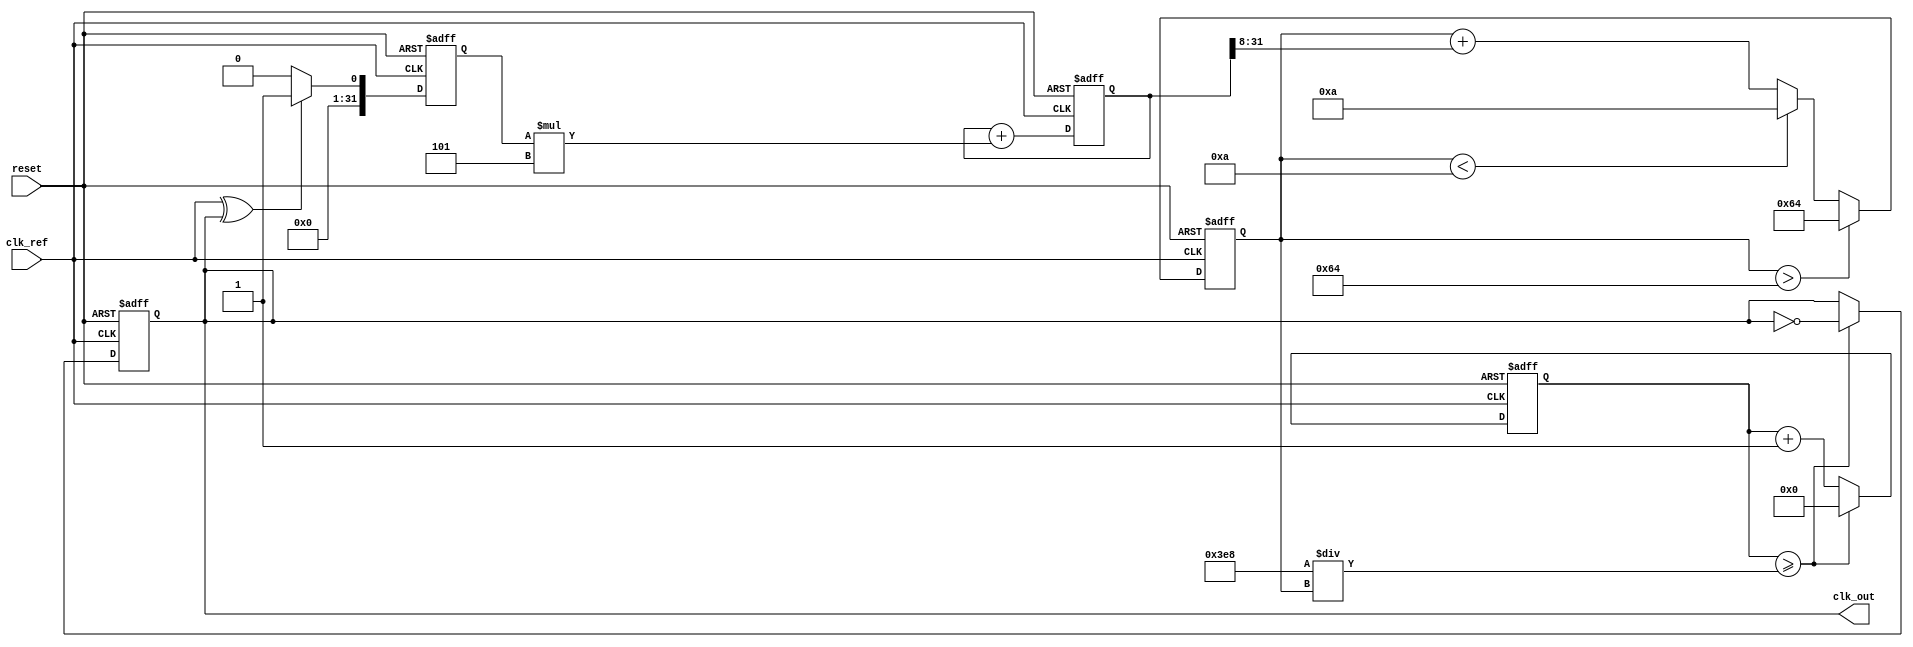
module pll_type2 (
    input wire clk_ref,          // Reference clock input
    input wire reset,            // Asynchronous reset
    output reg clk_out           // Output clock
);

    // Parameters for the PLL
    parameter integer VCO_MAX_FREQ = 100; // Max frequency for VCO
    parameter integer VCO_MIN_FREQ = 10;   // Min frequency for VCO
    parameter integer LOOP_FILTER_GAIN = 5; // Gain for the loop filter

    // Internal signals
    reg [31:0] phase_error;      // Phase error signal
    reg [31:0] filtered_error;   // Filtered error signal
    reg [31:0] vco_freq;         // Current frequency of the VCO
    reg [31:0] vco_counter;      // Counter for VCO output
    reg [31:0] feedback_counter;  // Feedback counter

    // Phase Detector (PD)
    always @(posedge clk_ref or posedge reset) begin
        if (reset) begin
            phase_error <= 0;
        end else begin
            // Simple phase detector logic (XOR for simplicity)
            phase_error <= (clk_ref ^ clk_out) ? 1 : 0;
        end
    end

    // Loop Filter (Second-order)
    always @(posedge clk_ref or posedge reset) begin
        if (reset) begin
            filtered_error <= 0;
        end else begin
            // Simple first-order filter for demonstration
            filtered_error <= filtered_error + (phase_error * LOOP_FILTER_GAIN);
        end
    end

    // Voltage-Controlled Oscillator (VCO)
    always @(posedge clk_ref or posedge reset) begin
        if (reset) begin
            vco_freq <= VCO_MIN_FREQ; // Start at minimum frequency
            vco_counter <= 0;
            clk_out <= 0;
        end else begin
            // Adjust VCO frequency based on filtered error
            vco_freq <= vco_freq + (filtered_error >> 8); // Adjust frequency

            // Clamp VCO frequency to max/min limits
            if (vco_freq > VCO_MAX_FREQ) begin
                vco_freq <= VCO_MAX_FREQ;
            end else if (vco_freq < VCO_MIN_FREQ) begin
                vco_freq <= VCO_MIN_FREQ;
            end

            // Generate output clock based on VCO frequency
            vco_counter <= vco_counter + 1;
            if (vco_counter >= (1000 / vco_freq)) begin // Adjust based on frequency
                clk_out <= ~clk_out; // Toggle output clock
                vco_counter <= 0;
            end
        end
    end

endmodule